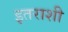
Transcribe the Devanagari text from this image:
इतराशी